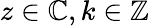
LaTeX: z\in\mathbb{C},k\in\mathbb{Z}